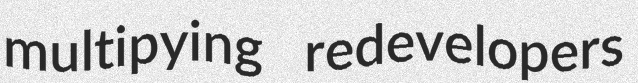
multipying redevelopers